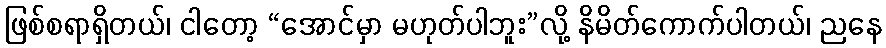
ဖြစ်စရာရှိတယ်၊ ငါတော့ “အောင်မှာ မဟုတ်ပါဘူး”လို့ နိမိတ်ကောက်ပါတယ်၊ ညနေ